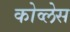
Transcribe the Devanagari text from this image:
कोव्लेस